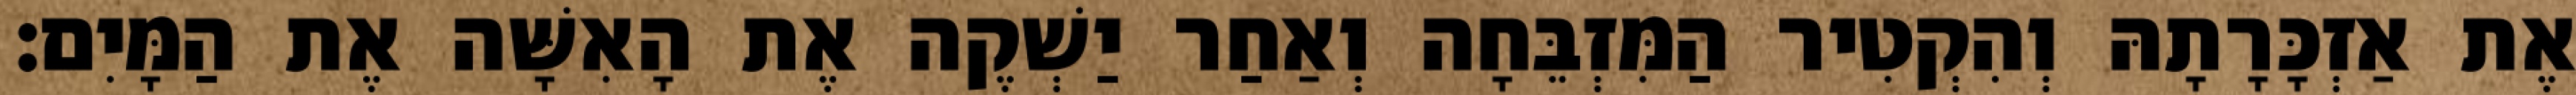
אֶת אַזְכָּרָתָהּ וְהִקְטִיר הַמִּזְבֵּחָה וְאַחַר יַשְׁקֶה אֶת הָאִשָּׁה אֶת הַמָּיִם׃